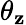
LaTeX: \theta_{\mathbf{z}}